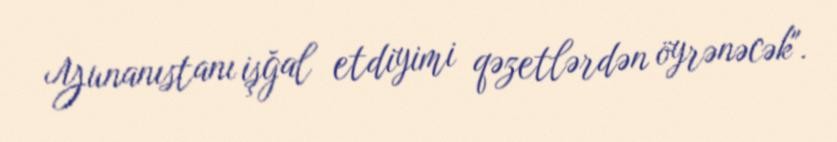
Yunanıstanı işğal etdiyimi qəzetlərdən öyrənəcək".